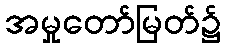
အမှုတော်မြတ်၌